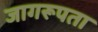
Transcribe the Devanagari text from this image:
जागरूपता